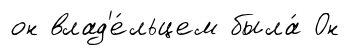
он влад'е́льцем была́ Он